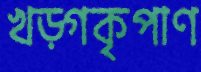
খড়্গকৃপাণ